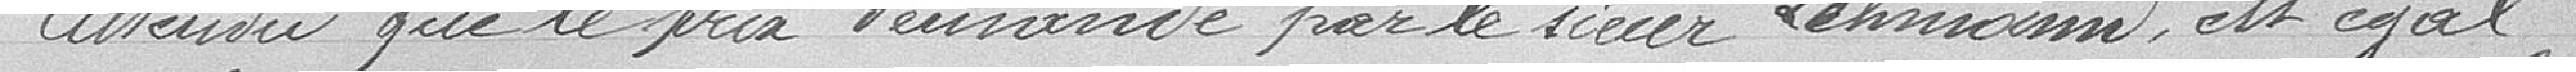
Attendu que le prix demandé par le sieur Lehmann est égal